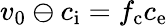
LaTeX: v_{0}\ominus c_{\mathrm{i}}=f_{\mathrm{c}}c_{\mathrm{e}}